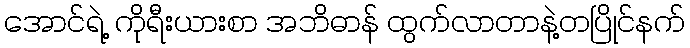
အောင်ရဲ့ ကိုရီးယားစာ အဘိဓာန် ထွက်လာတာနဲ့တပြိုင်နက်